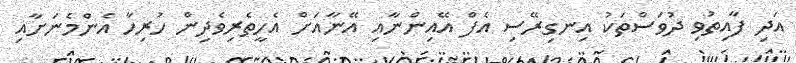
އަދި ފާއިތުވި ދުވަސްތަކު އިނގިރޭސި އެފް އޭއިންނާއި އޭނާއަށް އެހީތެރިވެދިން ހުރިހާ އެންމެނަށާއި